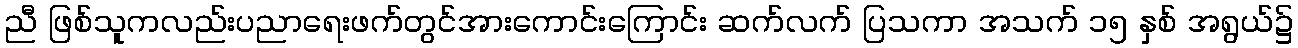
ညီ ဖြစ်သူကလည်းပညာရေးဖက်တွင်အားကောင်းကြောင်း ဆက်လက် ပြသကာ အသက် ၁၅ နှစ် အရွယ်၌